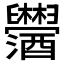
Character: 𫇓